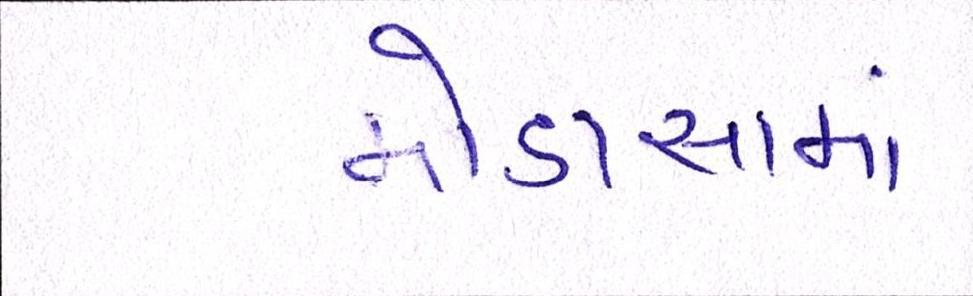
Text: મોડાસામાં